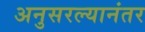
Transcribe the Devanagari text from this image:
अनुसरल्यानंतर